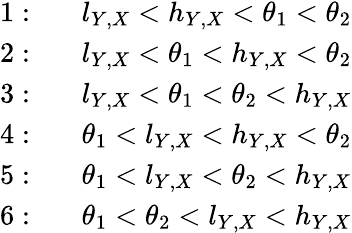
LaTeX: \begin{array}{rl}{1:}&{\; \; \; l_{Y,X}<h_{Y,X}<\theta_{1}<\theta_{2}}\\ {2:}&{\; \; \; l_{Y,X}<\theta_{1}<h_{Y,X}<\theta_{2}}\\ {3:}&{\; \; \; l_{Y,X}<\theta_{1}<\theta_{2}<h_{Y,X}}\\ {4:}&{\; \; \; \theta_{1}<l_{Y,X}<h_{Y,X}<\theta_{2}}\\ {5:}&{\; \; \; \theta_{1}<l_{Y,X}<\theta_{2}<h_{Y,X}}\\ {6:}&{\; \; \; \theta_{1}<\theta_{2}<l_{Y,X}<h_{Y,X}}\end{array}